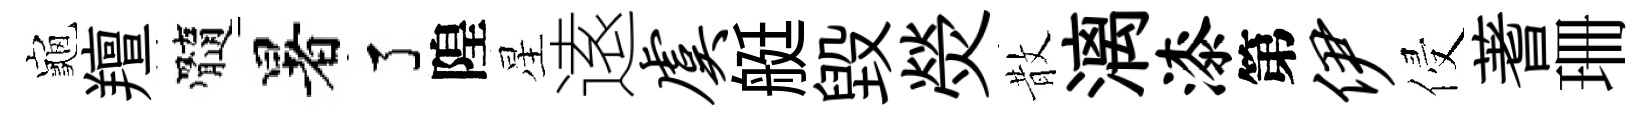
龜羶髓暑了隍星逺虞艇毁熒散漓漆第伊侵蓍珊